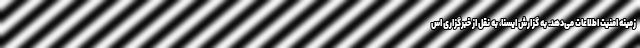
زمینه امنیت اطلاعات می‌دهد. به گزارش ایسنا، به نقل از خبرگزاری اس